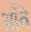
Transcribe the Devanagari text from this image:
आँवे